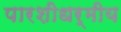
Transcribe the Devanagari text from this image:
पारशीधर्मीय